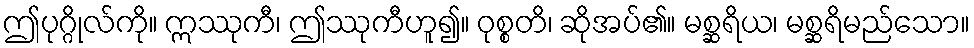
ဤပုဂ္ဂိုလ်ကို။ ဣဿုကီ၊ ဤဿုကီဟူ၍။ ဝုစ္စတိ၊ ဆိုအပ်၏။ မစ္ဆရိယ၊ မစ္ဆရိမည်သော။